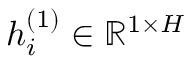
h _ { i } ^ { ( 1 ) } \in \mathbb { R } ^ { 1 \times H }